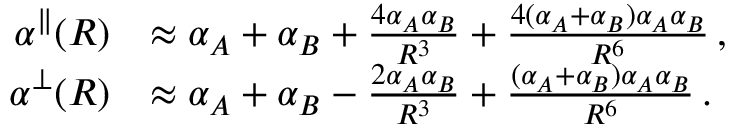
\begin{array} { r l } { \alpha ^ { \parallel } ( R ) } & { \approx \alpha _ { A } + \alpha _ { B } + \frac { 4 \alpha _ { A } \alpha _ { B } } { R ^ { 3 } } + \frac { 4 ( \alpha _ { A } + \alpha _ { B } ) \alpha _ { A } \alpha _ { B } } { R ^ { 6 } } \, , } \\ { \alpha ^ { \perp } ( R ) } & { \approx \alpha _ { A } + \alpha _ { B } - \frac { 2 \alpha _ { A } \alpha _ { B } } { R ^ { 3 } } + \frac { ( \alpha _ { A } + \alpha _ { B } ) \alpha _ { A } \alpha _ { B } } { R ^ { 6 } } \, . } \end{array}